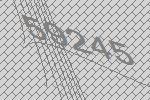
59245